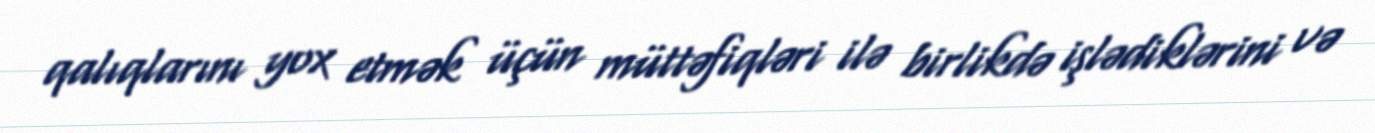
qalıqlarını yox etmək üçün müttəfiqləri ilə birlikdə işlədiklərini və